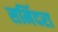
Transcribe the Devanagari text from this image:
समिंदरा